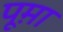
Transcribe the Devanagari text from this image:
पूम़ा